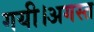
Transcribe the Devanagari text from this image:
गयी।अगस्त